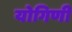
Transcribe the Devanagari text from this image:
योगिणी